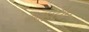
આઇટોન